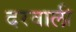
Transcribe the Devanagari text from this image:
दरवाली